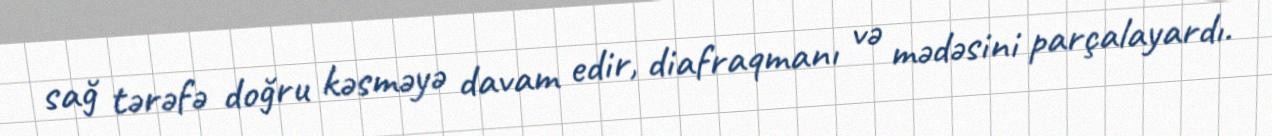
sağ tərəfə doğru kəsməyə davam edir, diafraqmanı və mədəsini parçalayardı.